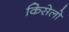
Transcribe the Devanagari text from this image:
किसेलो